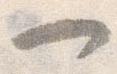
一